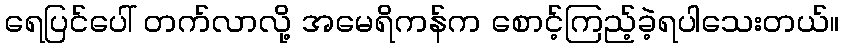
ရေပြင်ပေါ် တက်လာလို့ အမေရိကန်က စောင့်ကြည့်ခဲ့ရပါသေးတယ်။